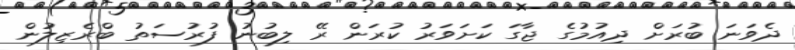
ދެވަނަ ބުރަށް ދިއުމުގެ ޖާގަ ކަށަވަރު ކުރަން ރޭ ލިބުނު ފުރުސަތު ބްރެޒިލުން